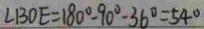
\angle B O E = 1 8 0 ^ { \circ } - 9 0 ^ { \circ } - 3 6 ^ { \circ } = 5 4 ^ { \circ }